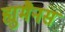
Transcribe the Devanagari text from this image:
ह्युमैनस